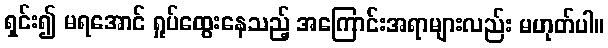
ရှင်း၍ မရအောင် ရှုပ်ထွေးနေသည့် အကြောင်းအရာများလည်း မဟုတ်ပါ။